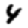
Digit: 4